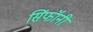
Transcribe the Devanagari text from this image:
सिंफॉनी